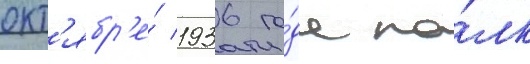
окт'ябр'е́ 1936 го́да по́лк